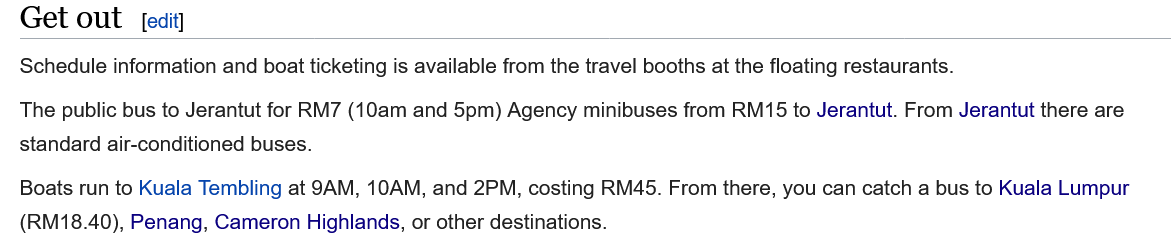
edit
  Schedule information and boat ticketing is available from the travel booths at the floating restaurants.
  The public bus to Jerantut for RM7 (10am and 5pm) Agency minibuses from RM15 to Jerantut. From Jerantut there are
  standard air-conditioned buses.
  Boats run to Kuala Tembling at 9AM, 10AM, and 2PM, costing RM45. From there, you can catch a bus to Kuala Lumpur
  (RM18.40), Penang, Cameron Highlands, or other destinations.